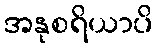
အနုစရိယာပိ